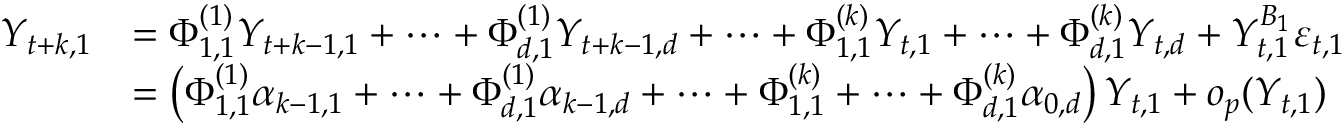
\begin{array} { r l } { Y _ { t + k , 1 } } & { = \Phi _ { 1 , 1 } ^ { ( 1 ) } Y _ { t + k - 1 , 1 } + \cdots + \Phi _ { d , 1 } ^ { ( 1 ) } Y _ { t + k - 1 , d } + \cdots + \Phi _ { 1 , 1 } ^ { ( k ) } Y _ { t , 1 } + \cdots + \Phi _ { d , 1 } ^ { ( k ) } Y _ { t , d } + Y _ { t , 1 } ^ { B _ { 1 } } \varepsilon _ { t , 1 } } \\ & { = \left( \Phi _ { 1 , 1 } ^ { ( 1 ) } \alpha _ { k - 1 , 1 } + \cdots + \Phi _ { d , 1 } ^ { ( 1 ) } \alpha _ { k - 1 , d } + \cdots + \Phi _ { 1 , 1 } ^ { ( k ) } + \cdots + \Phi _ { d , 1 } ^ { ( k ) } \alpha _ { 0 , d } \right) Y _ { t , 1 } + o _ { p } ( Y _ { t , 1 } ) } \end{array}